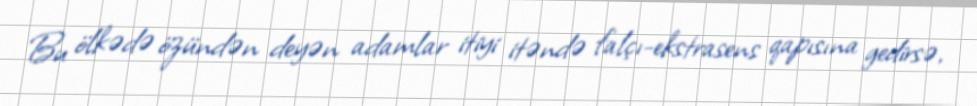
Bu ölkədə özündən deyən adamlar itiyi itəndə falçı-ekstrasens qapısına gedirsə,